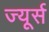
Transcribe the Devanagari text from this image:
ज्यूर्स